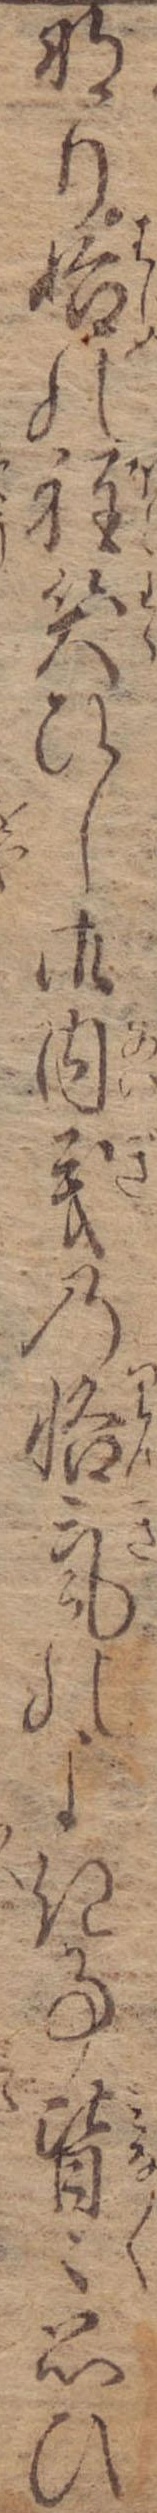
なり始の程笑ひし御内義の悋気のよき事皆々思ひ